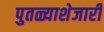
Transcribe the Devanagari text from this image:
पुतळ्याशेजारी